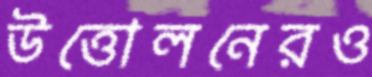
উত্তোলনেরও